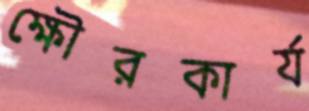
ক্ষৌরকার্য